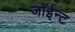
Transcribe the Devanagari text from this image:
जॉईन्ट